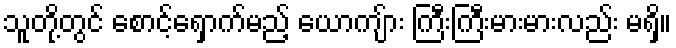
သူတို့တွင် စောင့်ရှောက်မည့် ယောကျ်ား ကြီးကြီးမားမားလည်း မရှိ။